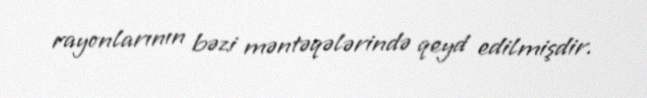
rayonlarının bəzi məntəqələrində qeyd edilmişdir.